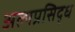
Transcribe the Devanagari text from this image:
अल्पप्रसिद्ध